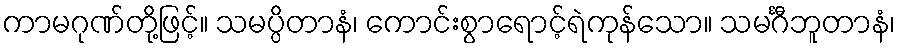
ကာမဂုဏ်တို့ဖြင့်။ သမပ္ပိတာနံ၊ ကောင်းစွာရောင့်ရဲကုန်သော။ သမင်္ဂီဘူတာနံ၊